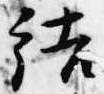
結